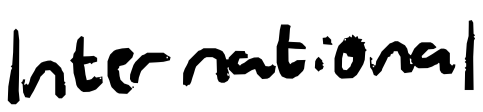
Text: International
Cross-out: clean
Writing tool: digital_black